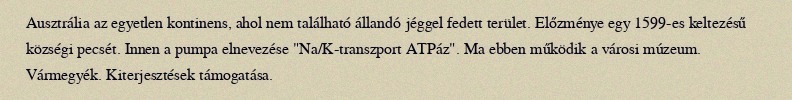
Ausztrália az egyetlen kontinens, ahol nem található állandó jéggel fedett terület. Előzménye egy 1599-es keltezésű községi pecsét. Innen a pumpa elnevezése "Na/K-transzport ATPáz". Ma ebben működik a városi múzeum. Vármegyék. Kiterjesztések támogatása.